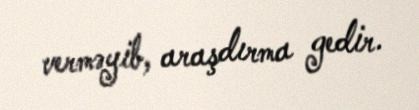
verməyib, araşdırma gedir.